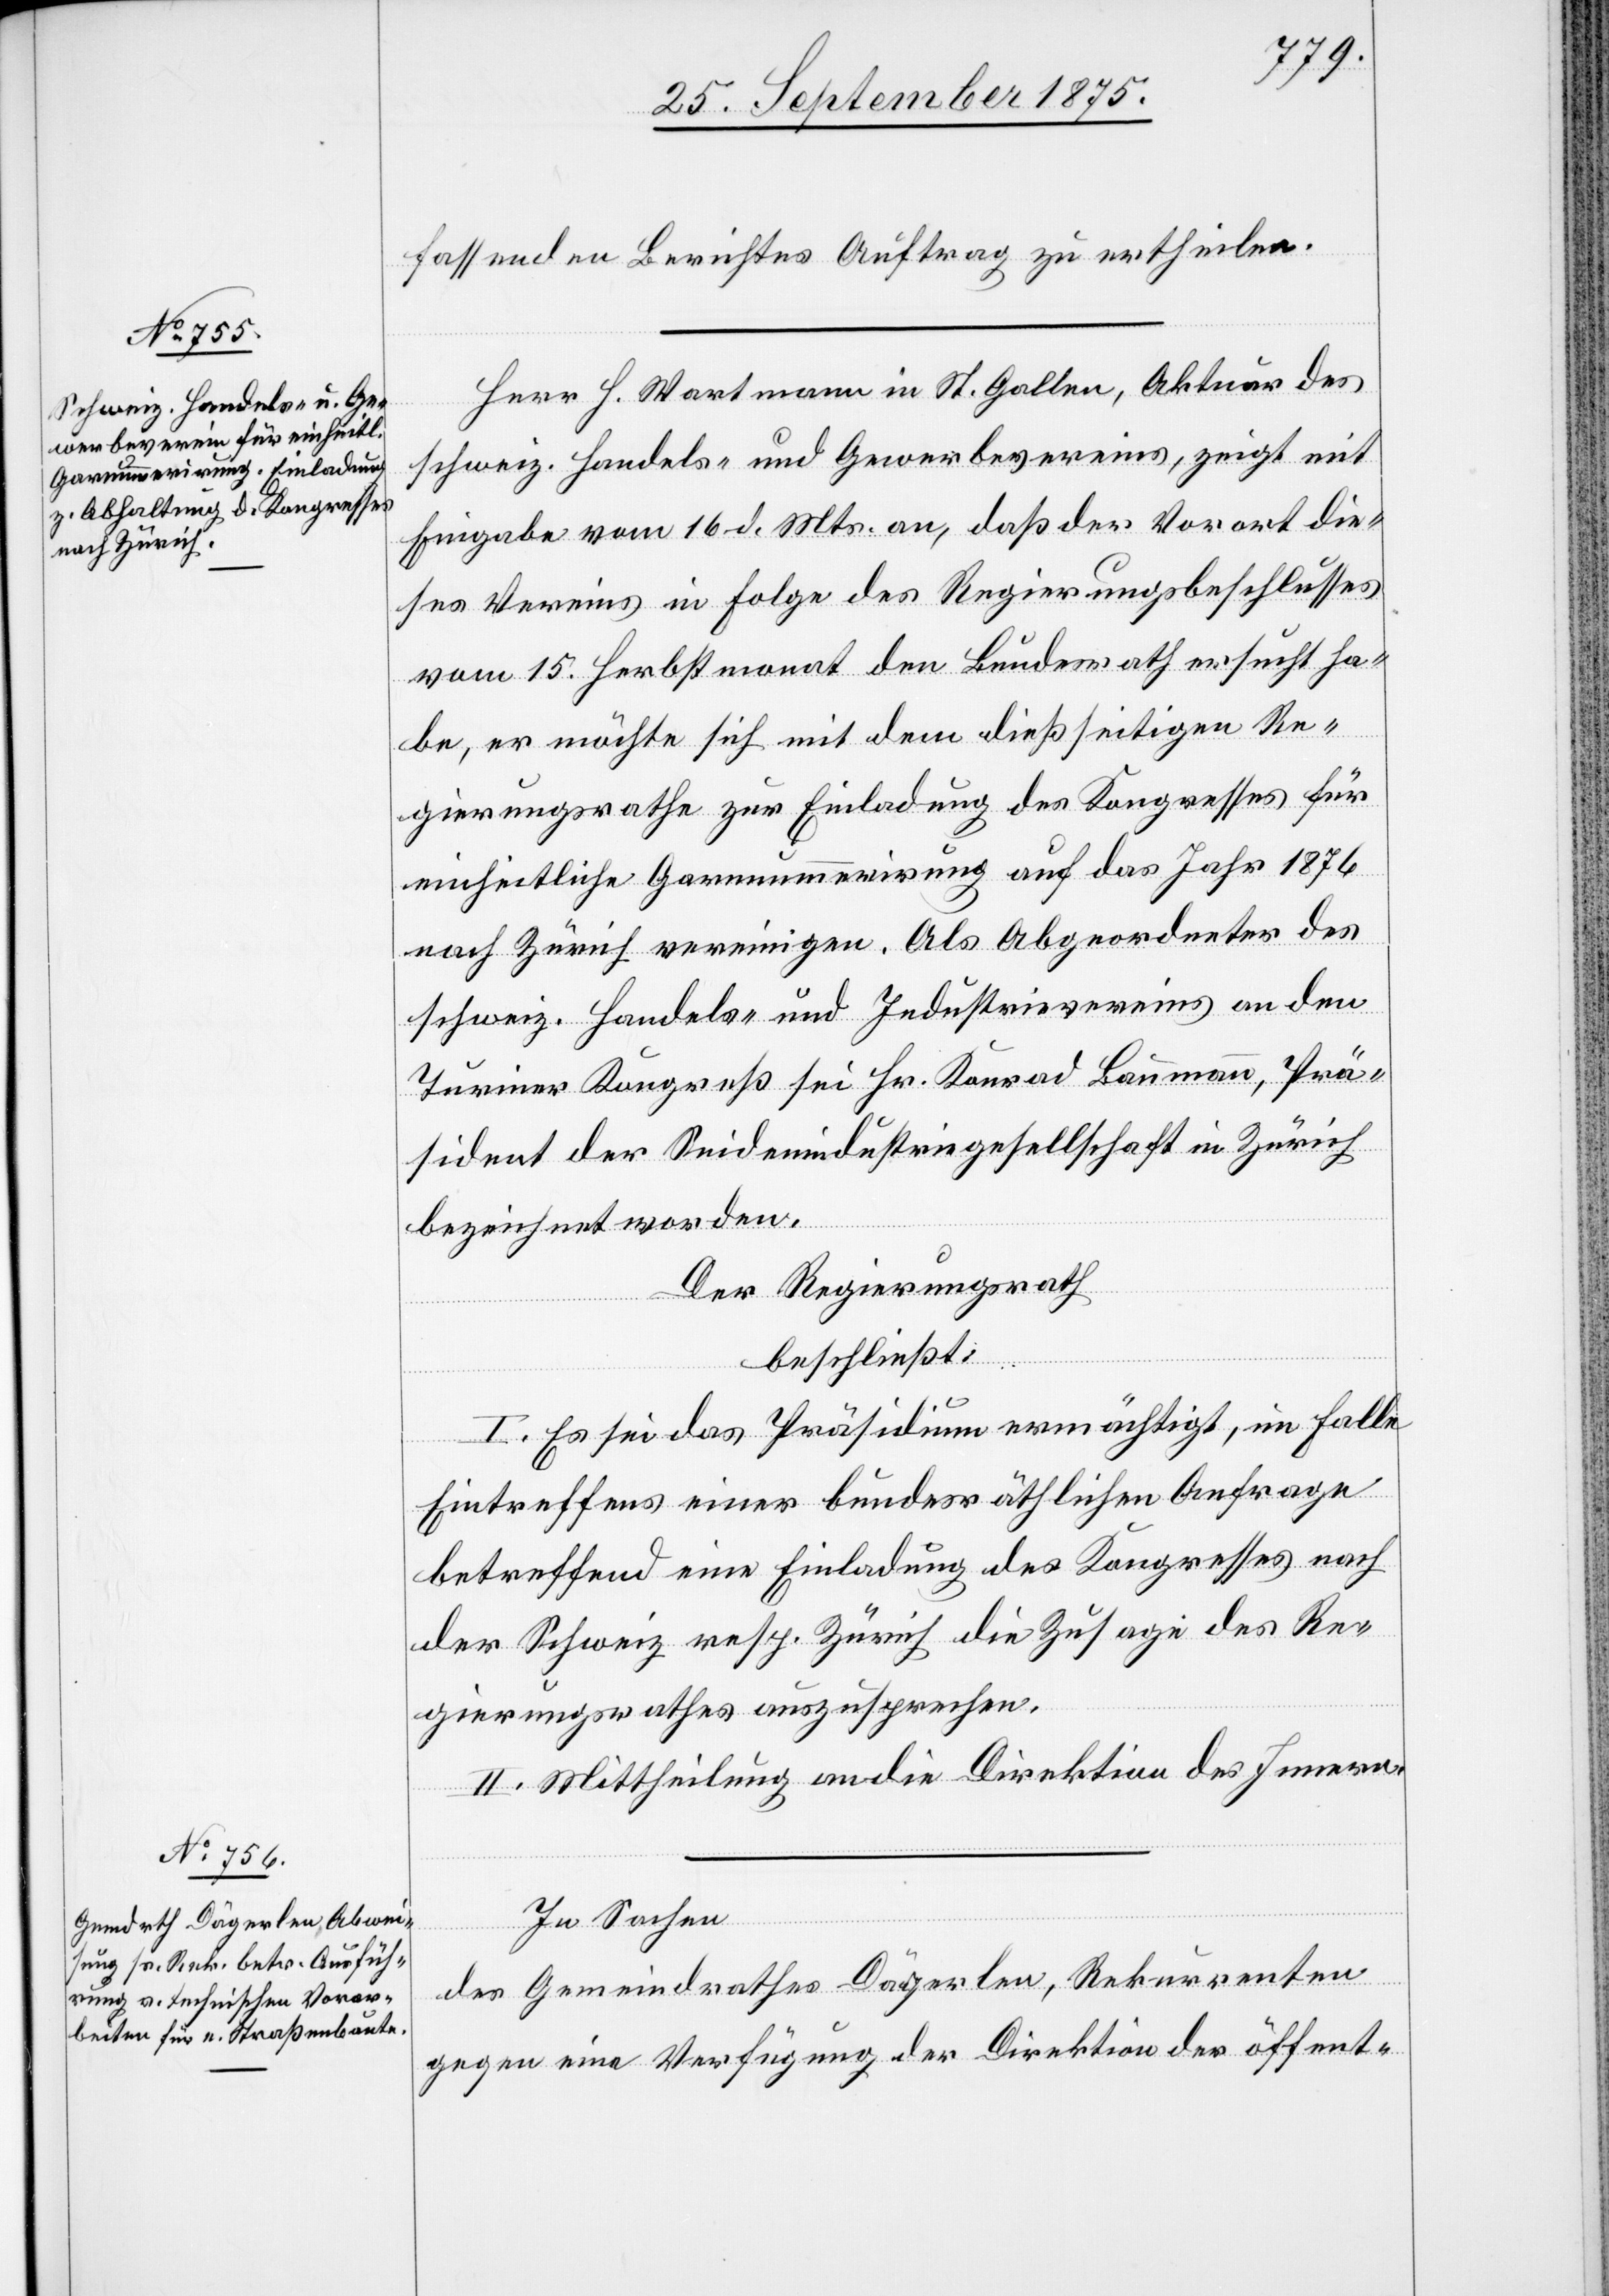
fassenden Berichtes Auftrag zu ertheilen.
Herr H. Wartmann in St. Gallen, Aktuar des
schweiz. Handels- und Gewerbevereins, zeigt mit
Eingabe vom 16. d. Mts. an, daß der Vorort die¬
ses Vereins in Folge des Regierungsbeschlusses
vom 15. Herbstmonat den Bundesrath ersucht ha¬
be, er möchte sich mit dem dießseitigen Re¬
gierungsrathe zur Einladung des Kongresses für
einheitliche Garnnummerirung auf das Jahr 1876
nach Zürich vereinigen. Als Abgeordneter des
schweiz. Handels- und Industrievereins an den
Turiner Kongreß sei Hr. Konrad Baumann, Prä¬
sident der Seidenindustriegesellschaft in Zürich
bezeichnet worden.
Der Regierungsrath,
beschließt:
I. Es sei das Präsidium ermächtigt, im Falle
Eintreffens einer bundesräthlichen Anfrage
betreffend eine Einladung des Kongresses nach
der Schweiz resp. Zürich die Zusage des Re¬
gierungsrathes auszusprechen.
II. Mittheilung an die Direktion des Innern.
In Sachen
des Gemeindrathes Dägerlen, Rekurrenten
gegen eine Verfügung der Direktion der öffent-